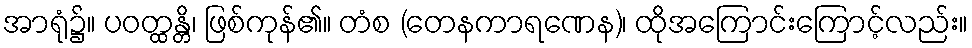
အာရုံ၌။ ပဝတ္ထန္တိ၊ ဖြစ်ကုန်၏။ တံစ (တေနကာရဏေန)၊ ထိုအကြောင်းကြောင့်လည်း။